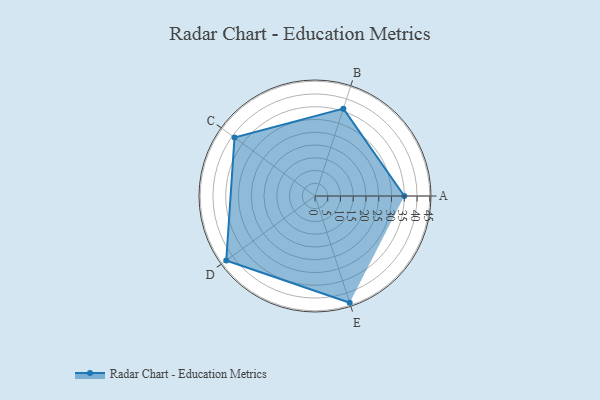
{"axis": {"x": "Skill", "y": "Score"}, "legend": ["Profile"], "data": [{"x": "A", "y": 35.0, "type": "Profile"}, {"x": "B", "y": 36.0, "type": "Profile"}, {"x": "C", "y": 39.0, "type": "Profile"}, {"x": "D", "y": 43.0, "type": "Profile"}, {"x": "E", "y": 44.0, "type": "Profile"}]}